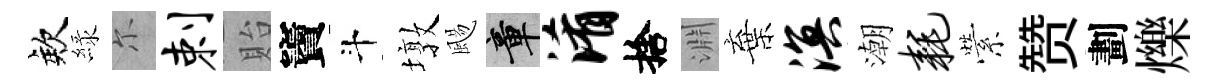
欸緑尓剌貽竇斗墩颺章淆捨淵棄溟潮耗縈赞劃爍